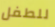
للطفل